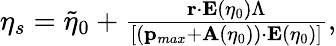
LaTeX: \begin{array}{r}{\eta_{s}=\tilde{\eta}_{0}+\frac{\mathbf{r}\cdot\mathbf{E}(\eta_{0})\Lambda}{[(\mathbf{p}_{max}+\mathbf{A}(\eta_{0}))\cdot\mathbf{E}(\eta_{0})]},}\end{array}